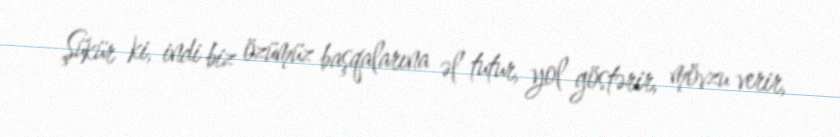
Şükür ki, indi biz özümüz başqalarına əl tutur, yol göstərir, mövzu verir,